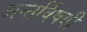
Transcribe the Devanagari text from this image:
अन्तर्विषयी